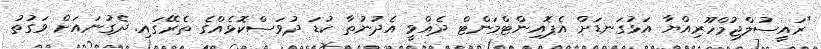
"ރައީސުލްޖުމްހޫރިއްޔާ އަޅުގަނޑަށް އެޕޮއިންޓްމަންޓް ދެއްވީ އެދުނުތާ ކުޑަ ދުވަސްކޮޅެއްގެ ތެރޭގައި. ދެގުނައަށް ވަގުތު